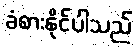
ခံစားနိုင်ပါသည်